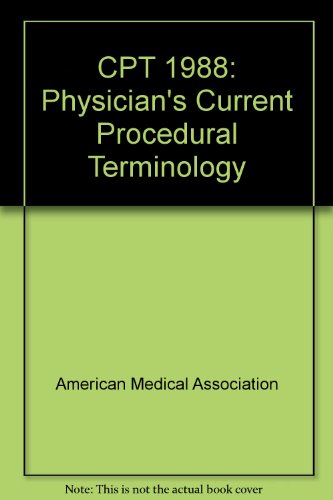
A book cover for CPT 1988: Physician's Current Procedural Terminology; Medical Books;